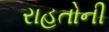
રાહતોની